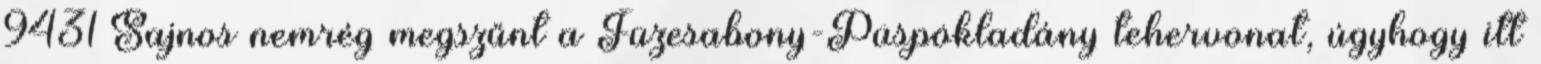
9431 Sajnos nemrég megszűnt a Füzesabony-Püspökladány tehervonat, úgyhogy itt